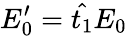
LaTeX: E_{0}^{\prime}=\hat{t_{1}}E_{0}